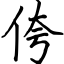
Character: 侉